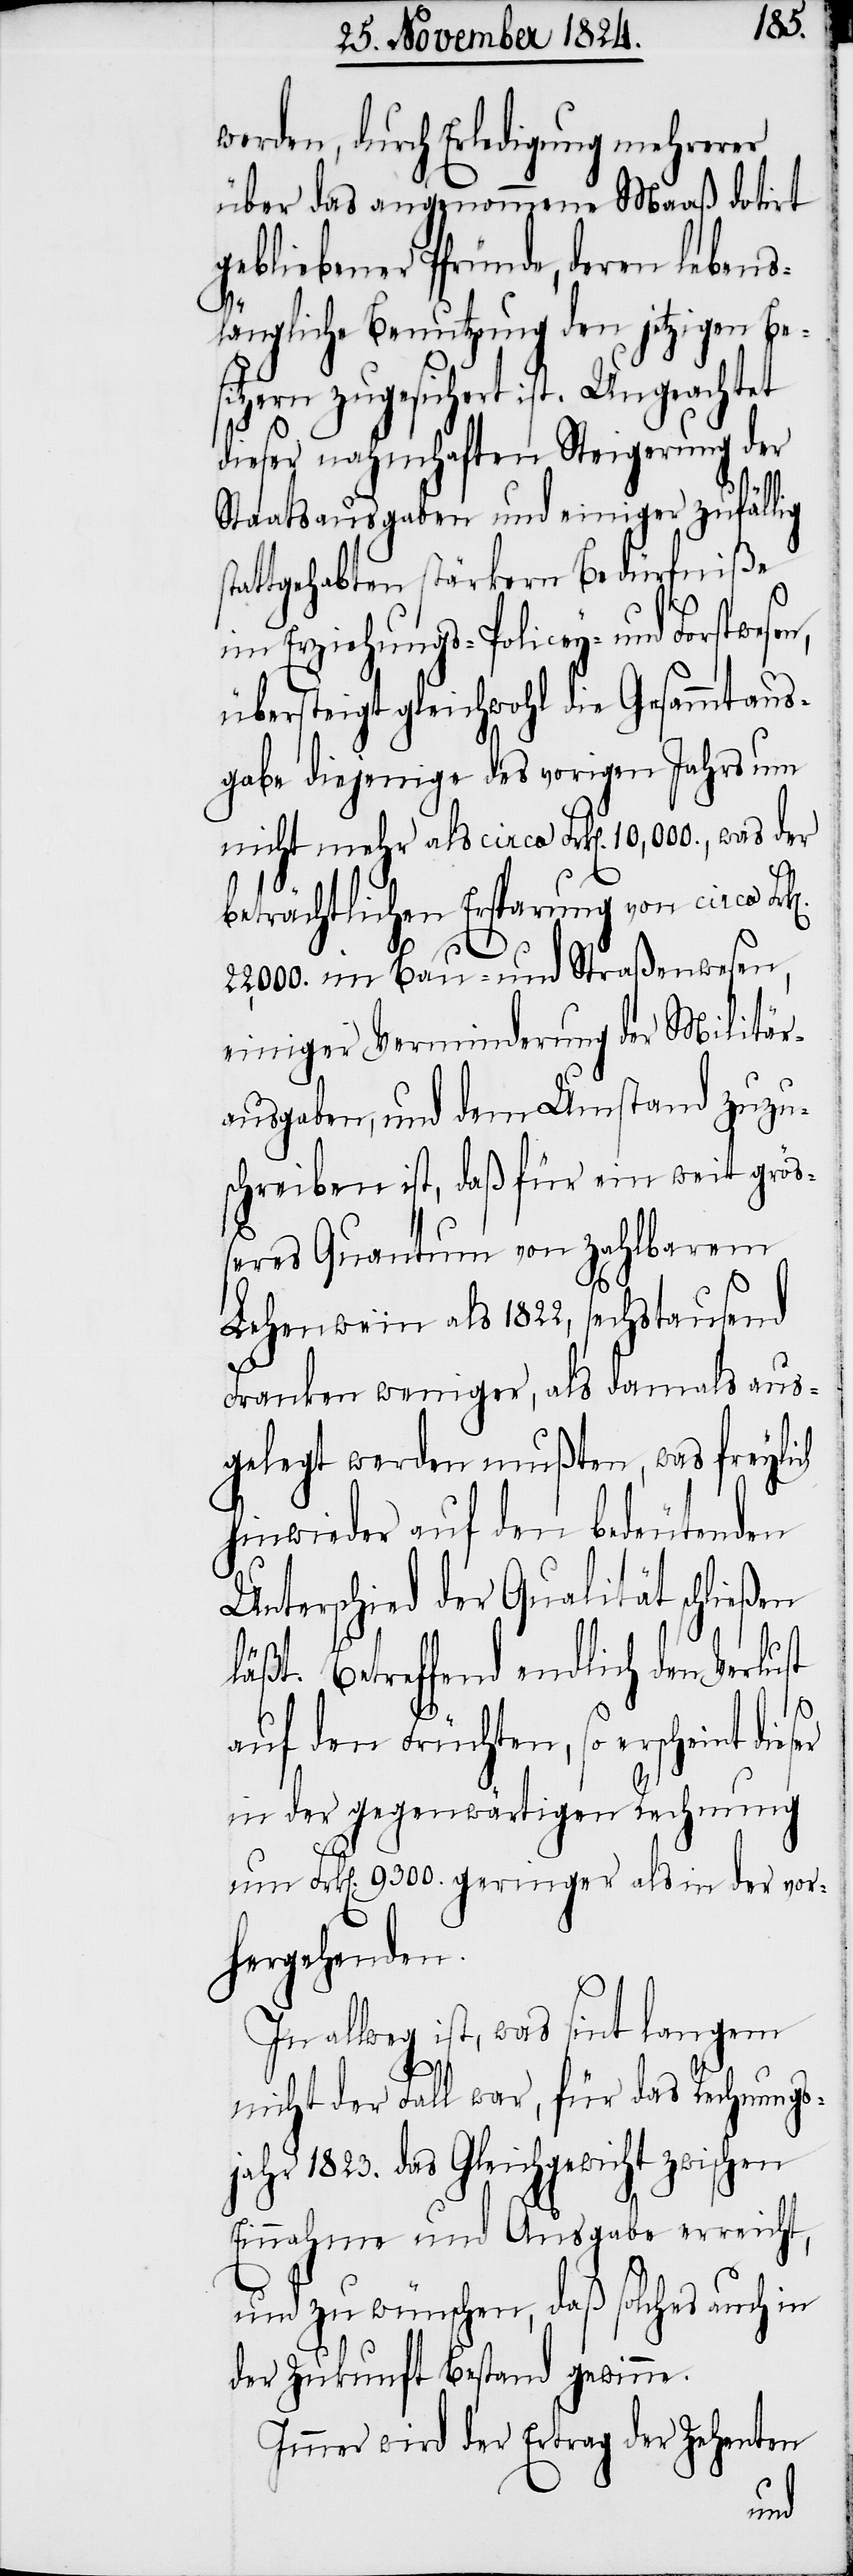
werden, durch Erledigung mehrerer
über das angenommene Maaß datirt
gebliebener Pfründe, deren lebens¬
längliche Benutzung den jetzigen Be¬
sitzern zugesichert ist. Ungeachtet
dieser nahmhaften Steigerung der
Staatsausgaben und einiger zufäll¬
attgehabten stärkern Bedürfniße
im Erziehungs- Policey- und Forstwese¬
übersteigt gleichwohl die Gesammtaus¬
gabe diejenige des vorigen Jahrs um
nicht mehr als circa Frk[en]. 10,000.,
beträchtlichen Ersparung von circa Fr¬
k[en].
22,000. im Bau- und Straßenwesen,
einiger Verminderung der Militä¬
usgaben, und dem Umstand zuzu¬
schreiben ist, daß für ein weit größ¬
eres Quantum von zahlbarem
Lehenwein als 1822, sechstausend
Franken weniger, als damals
gelegt werden mußten, was
hinwieder auf den be¬
Unterschied der Qualität
läßt. Betreffend endlich
auf den Früchten, so ersc¬
vor¬
in der gegenwärtigen
aus¬
um Frk[en]. 9300. geringer als
hergehenden.
allweg ist, was sint langem
nicht der Fall war, für das Rechnungs¬
jahr 1823. das Gleichgewicht zwischen
Einnahme und Ausgabe erreicht,
und zu wünschen, daß solches auch in
der Zukunft Bestand gewinne.
r-A¬
Immer wird der
n,